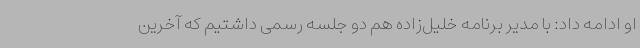
او ادامه داد: با مدیر برنامه خلیل‌زاده هم دو جلسه رسمی داشتیم که آخرین